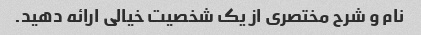
نام و شرح مختصری از یک شخصیت خیالی ارائه دهید.